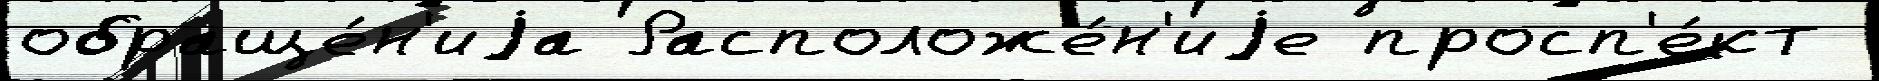
обраще́н'иjа Расположе́н'иjе просп'е́кт